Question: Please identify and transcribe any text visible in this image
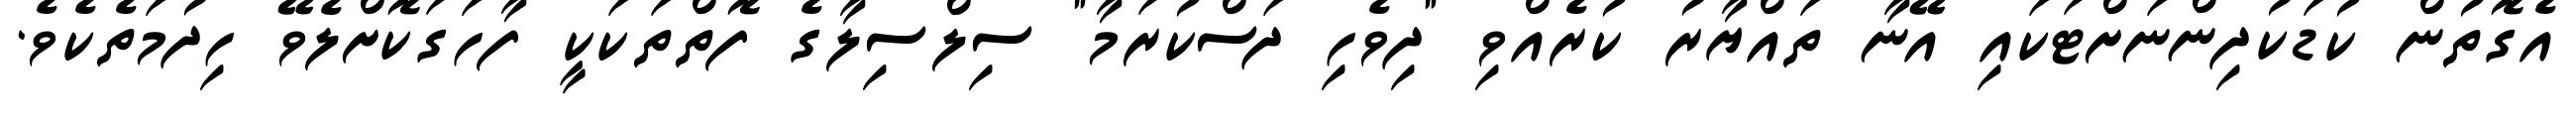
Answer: އެގޮތުން ކުޑަކުދިންނަށްޓަކައި އޭނާ ތައްޔާރު ކުރެއްވި "ދިވެހި ދަސްކުރަމާ" ސިލްސިލާގެ ފޮތްތަކަކީ ފާހަގަކޮށްލެވޭ ހިދުމަތެކެވެ.